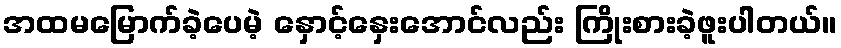
အထမမြောက်ခဲ့ပေမဲ့ နှောင့်နှေးအောင်လည်း ကြိုးစားခဲ့ဖူးပါတယ်။